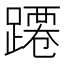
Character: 蹮